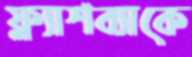
ফ্ল্যাশব্যাকে